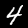
Digit: 4